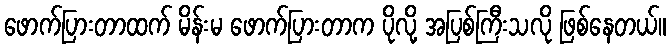
ဖောက်ပြားတာထက် မိန်းမ ဖောက်ပြားတာက ပိုလို့ အပြစ်ကြီးသလို ဖြစ်နေတယ်။